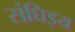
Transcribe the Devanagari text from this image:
संघिइय